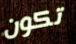
تكون